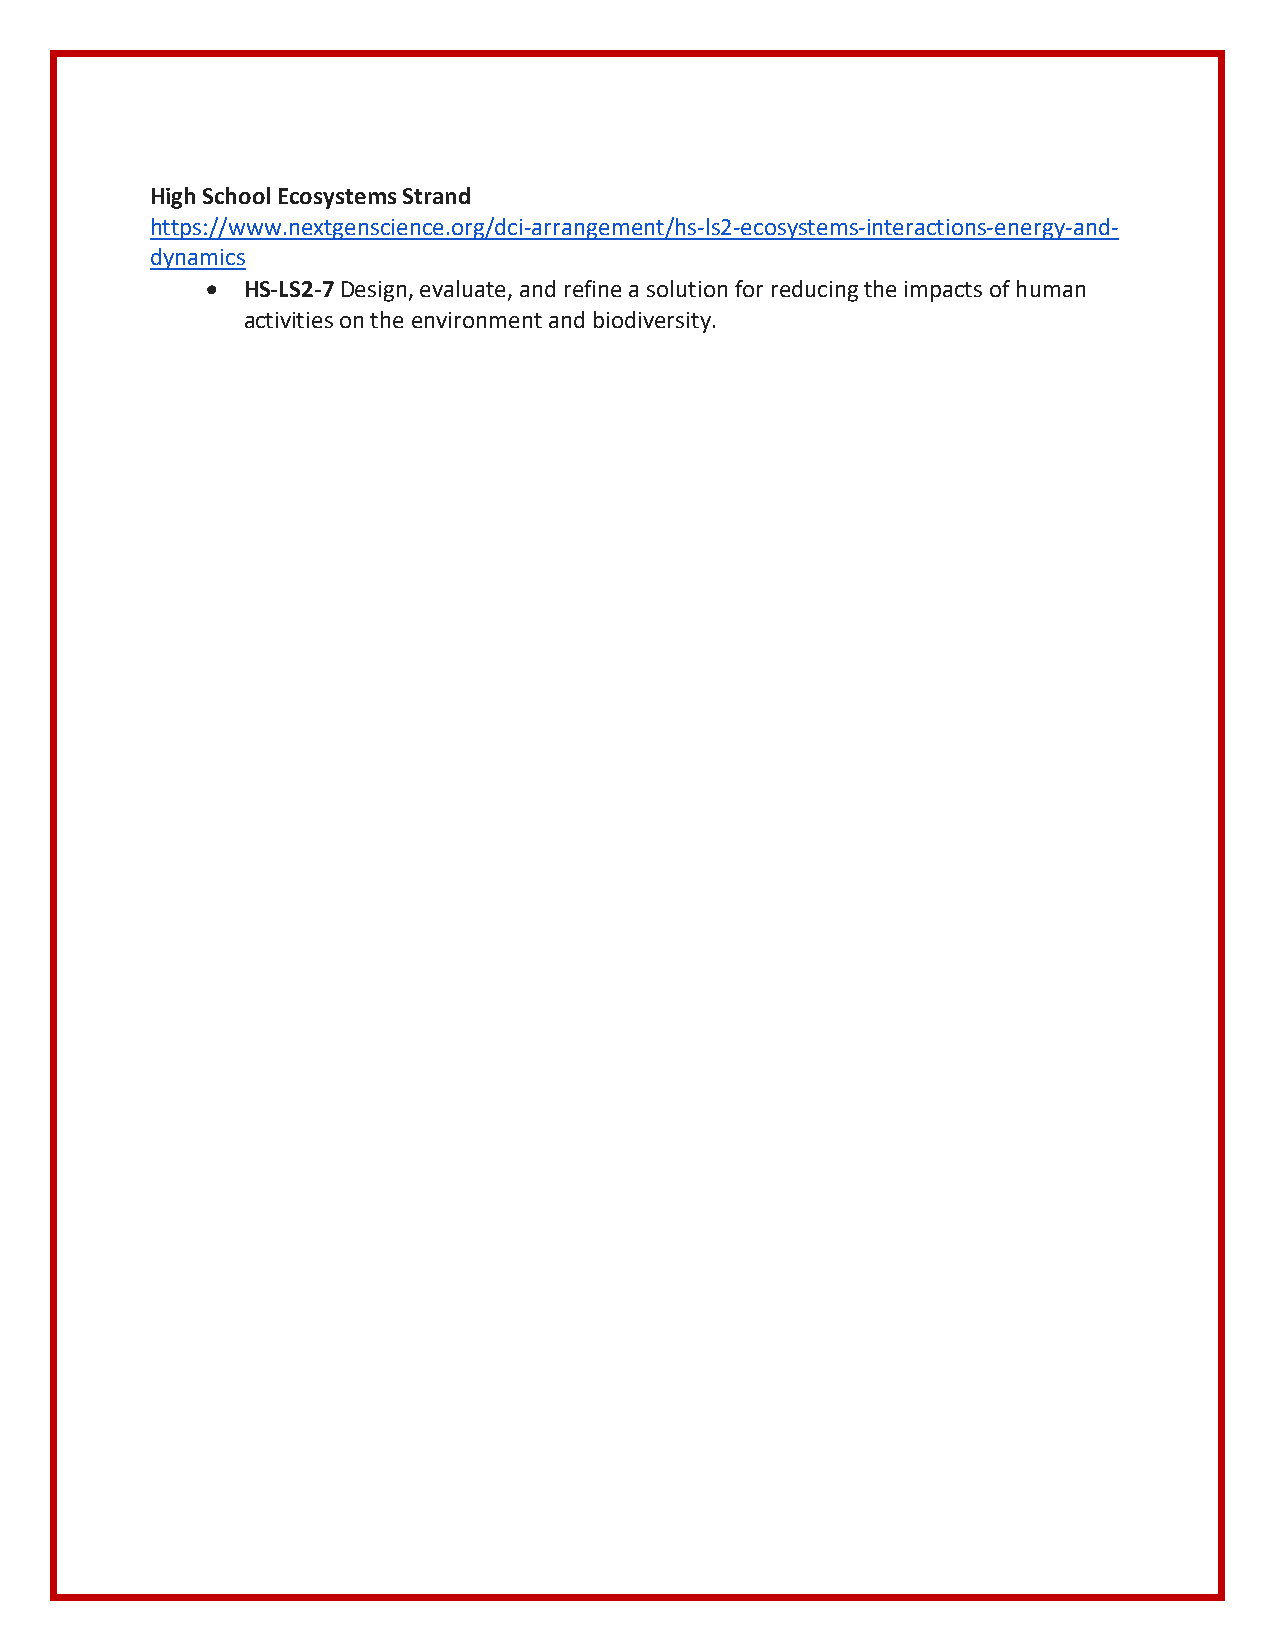
High School Ecosystems Strand
 https://www.nextgenscience.org/dci-arrangement/hs-ls2-ecosystems-interactions-energy-and-
 dynamics
  HS-LS2-7 Design, evaluate, and refine a solution for reducing the impacts of human
 activities on the environment and biodiversity.